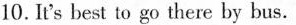
10.It's best to go there by bus.